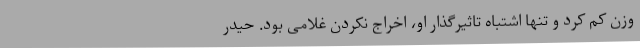
وزن کم کرد و تنها اشتباه تاثیرگذار او، اخراج نکردن غلامی بود. حیدر